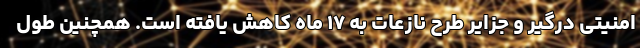
امنیتی درگیر و جزایر طرح نازعات به ۱۷ ماه کاهش یافته است. همچنین طول